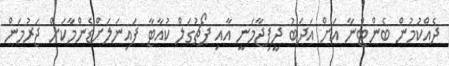
ދެއްކުމުން ބެންޓްނާ އަށް އަދަބު ދީފިޖާމަނީ އާއި ޕޯޗުގަލް ކުއާޓާ ފައިނަލަށްޑެންމާކަށް ޖަރުމަން